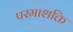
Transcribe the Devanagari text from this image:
परमाशक्ति